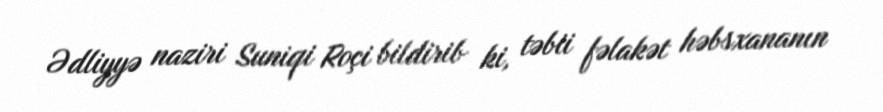
Ədliyyə naziri Suniqi Roçi bildirib ki, təbii fəlakət həbsxananın